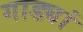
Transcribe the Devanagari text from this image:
गाड्यां